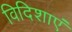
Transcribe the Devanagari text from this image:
विदिशाएं